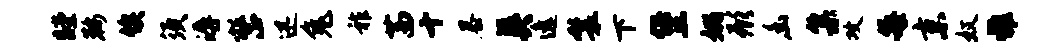
瞠鞍俟须溽整迅兔祚茜十暴英逸鬟下堡姚形幽集攻每京奴雅